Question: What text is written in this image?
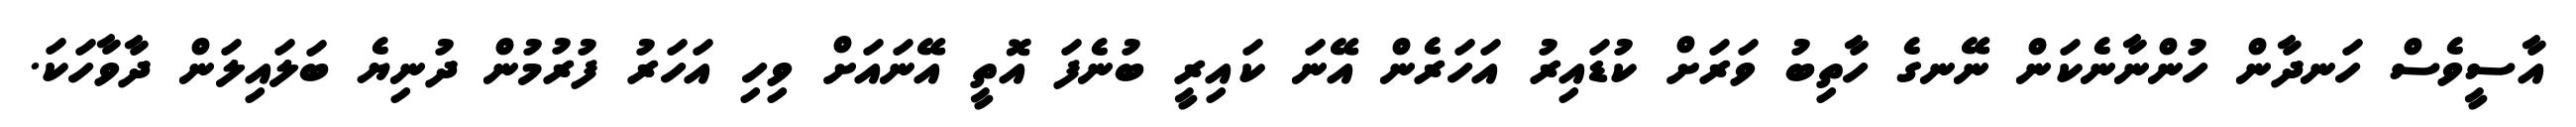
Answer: އާސީވެސް ހަނދާން ހުންނާނެކަން ނޭނގެ ހާތިބު ވަރަށް ކުޑައިރު އަހަރެން އޭނަ ކައިރީ ބުނެފަ އޮތީ އޭނައަށް ވިހި އަހަރު ފުރުމުން ދުނިޔެ ބަލައިލަން ދާވާހަކަ.